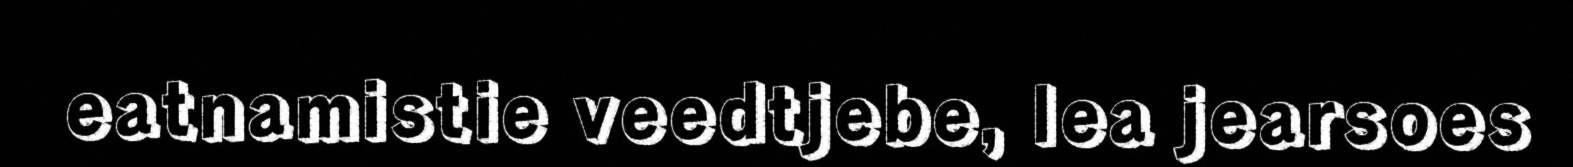
eatnamistie veedtjebe, lea jearsoes